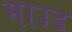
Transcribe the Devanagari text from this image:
माउड